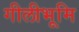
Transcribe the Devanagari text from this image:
गीलीभूमि